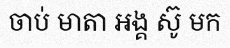
ចាប់ មាតា អង្គ ស៊ូ មក